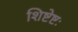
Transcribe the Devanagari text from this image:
शिष्टेष्टः